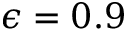
\epsilon = 0 . 9